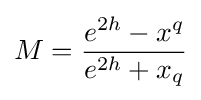
M={\frac {e^{2h}-x^{q}}{e^{2h}+x_{q}}}